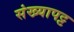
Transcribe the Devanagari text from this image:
संख्यापट्ट